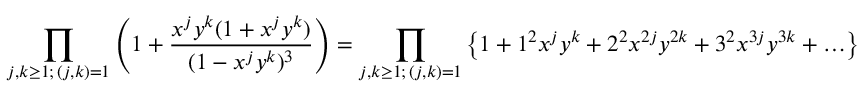
\prod _ { \substack { j , k \geq 1 ; \, ( j , k ) = 1 } } \left( 1 + \frac { x ^ { j } y ^ { k } ( 1 + x ^ { j } y ^ { k } ) } { ( 1 - x ^ { j } y ^ { k } ) ^ { 3 } } \right) = \prod _ { \substack { j , k \geq 1 ; \, ( j , k ) = 1 } } \left\{ 1 + 1 ^ { 2 } x ^ { j } y ^ { k } + 2 ^ { 2 } x ^ { 2 j } y ^ { 2 k } + 3 ^ { 2 } x ^ { 3 j } y ^ { 3 k } + \ldots \right\}